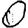
Digit: 0